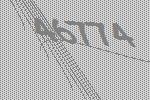
46774